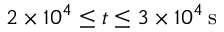
2 \times 1 0 ^ { 4 } \le t \le 3 \times 1 0 ^ { 4 } \, \mathrm { s }